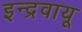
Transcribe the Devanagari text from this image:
इन्द्रवायू